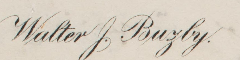
Walter J. Bugby